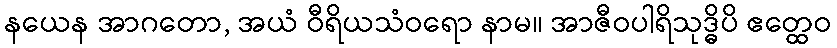
နယေန အာဂတော, အယံ ဝီရိယသံဝရော နာမ။ အာဇီဝပါရိသုဒ္ဓိပိ ဧတ္ထေဝ